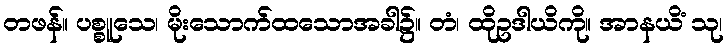
တဖန်။ ပစ္စူသေ၊ မိုးသောက်ထသောအခါ၌။ တံ၊ ထိုဥဒါယိကို။ အာနယိံ သု၊